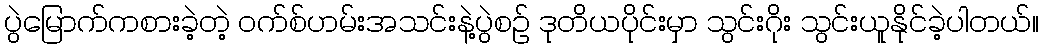
ပွဲမြောက်ကစားခဲ့တဲ့ ဝက်စ်ဟမ်းအသင်းနဲ့ပွဲစဉ် ဒုတိယပိုင်းမှာ သွင်းဂိုး သွင်းယူနိုင်ခဲ့ပါတယ်။